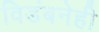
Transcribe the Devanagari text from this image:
विडंबनेही